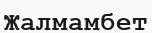
Жалмамбет